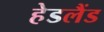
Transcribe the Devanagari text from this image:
हेडलैंड